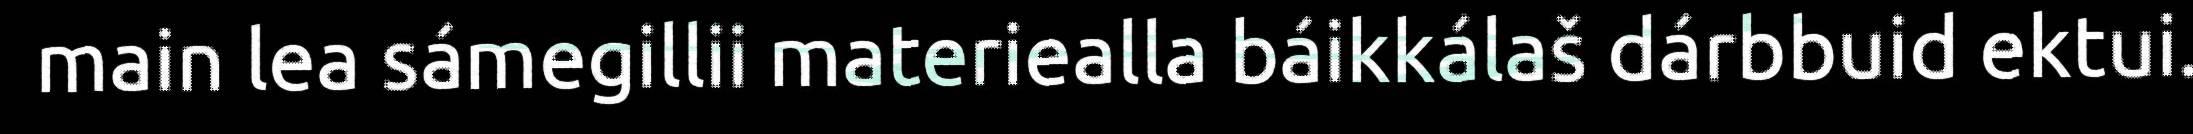
main lea sámegillii materiealla báikkálaš dárbbuid ektui.